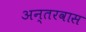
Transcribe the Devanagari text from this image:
अन्तरवास